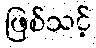
ဖြစ်သင့်